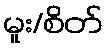
မူး/စိတ်